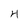
Character: 4